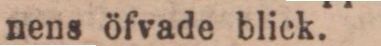
nens öfvade blick.